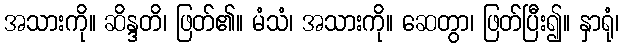
အသားကို။ ဆိန္ဒတိ၊ ဖြတ်၏။ မံသံ၊ အသားကို။ ဆေတွာ၊ ဖြတ်ပြီး၍။ နှာရုံ၊